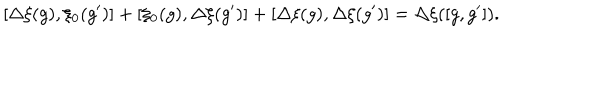
[ \Delta \xi ( g ) , \xi _ { 0 } ( g ^ { \prime } ) ] + [ \xi _ { 0 } ( g ) , \Delta \xi ( g ^ { \prime } ) ] + [ \Delta \xi ( g ) , \Delta \xi ( g ^ { \prime } ) ] = \Delta \xi ( [ g , g ^ { \prime } ] ) .